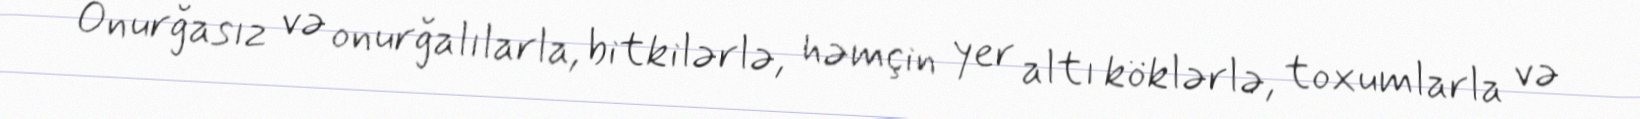
Onurğasız və onurğalılarla, bitkilərlə, həmçin yer altı köklərlə, toxumlarla və